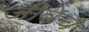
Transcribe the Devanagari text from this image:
जीवेच